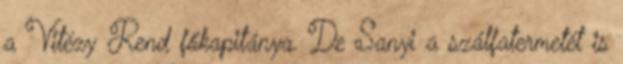
a Vitézy Rend főkapitánya. De Sanyi a szálfatermetét is